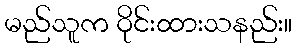
မည်သူက ဝိုင်းထားသနည်း။